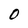
Character: 0